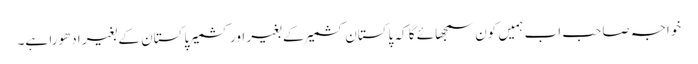
خواجہ صاحب اب ہمیں کون سمجھائے گا کہ پاکستان کشمیر کے بغیر اور کشمیر پاکستان کے بغیر ادھورا ہے۔